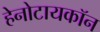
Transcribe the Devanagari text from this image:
हेनोटायकॉन